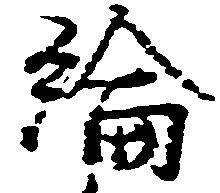
綸